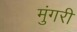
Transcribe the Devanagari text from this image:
मुंगरी